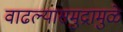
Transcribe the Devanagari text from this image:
वाढल्यासमुद्रामुळे